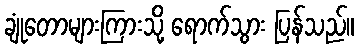
ချုံတောများကြားသို့ ရောက်သွား ပြန်သည်။